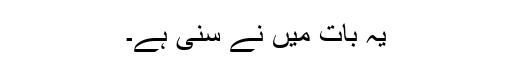
یہ بات مَیں نے سنی ہے۔